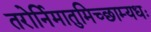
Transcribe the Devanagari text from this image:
तरोर्निमातुमिच्छाम्यधः